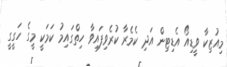
މިއުޒިކާ ވީޑިއޯ އެޑިޓިން އަދި ކެމެރާ ކުރެވިފައިވާ ހިތްގައިމު ކަމަކީ މީގެ ހަގީގީ